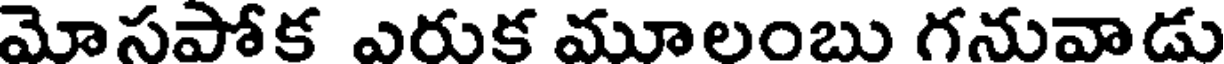
మోసపోక ఎరుక మూలంబు గనువాడు